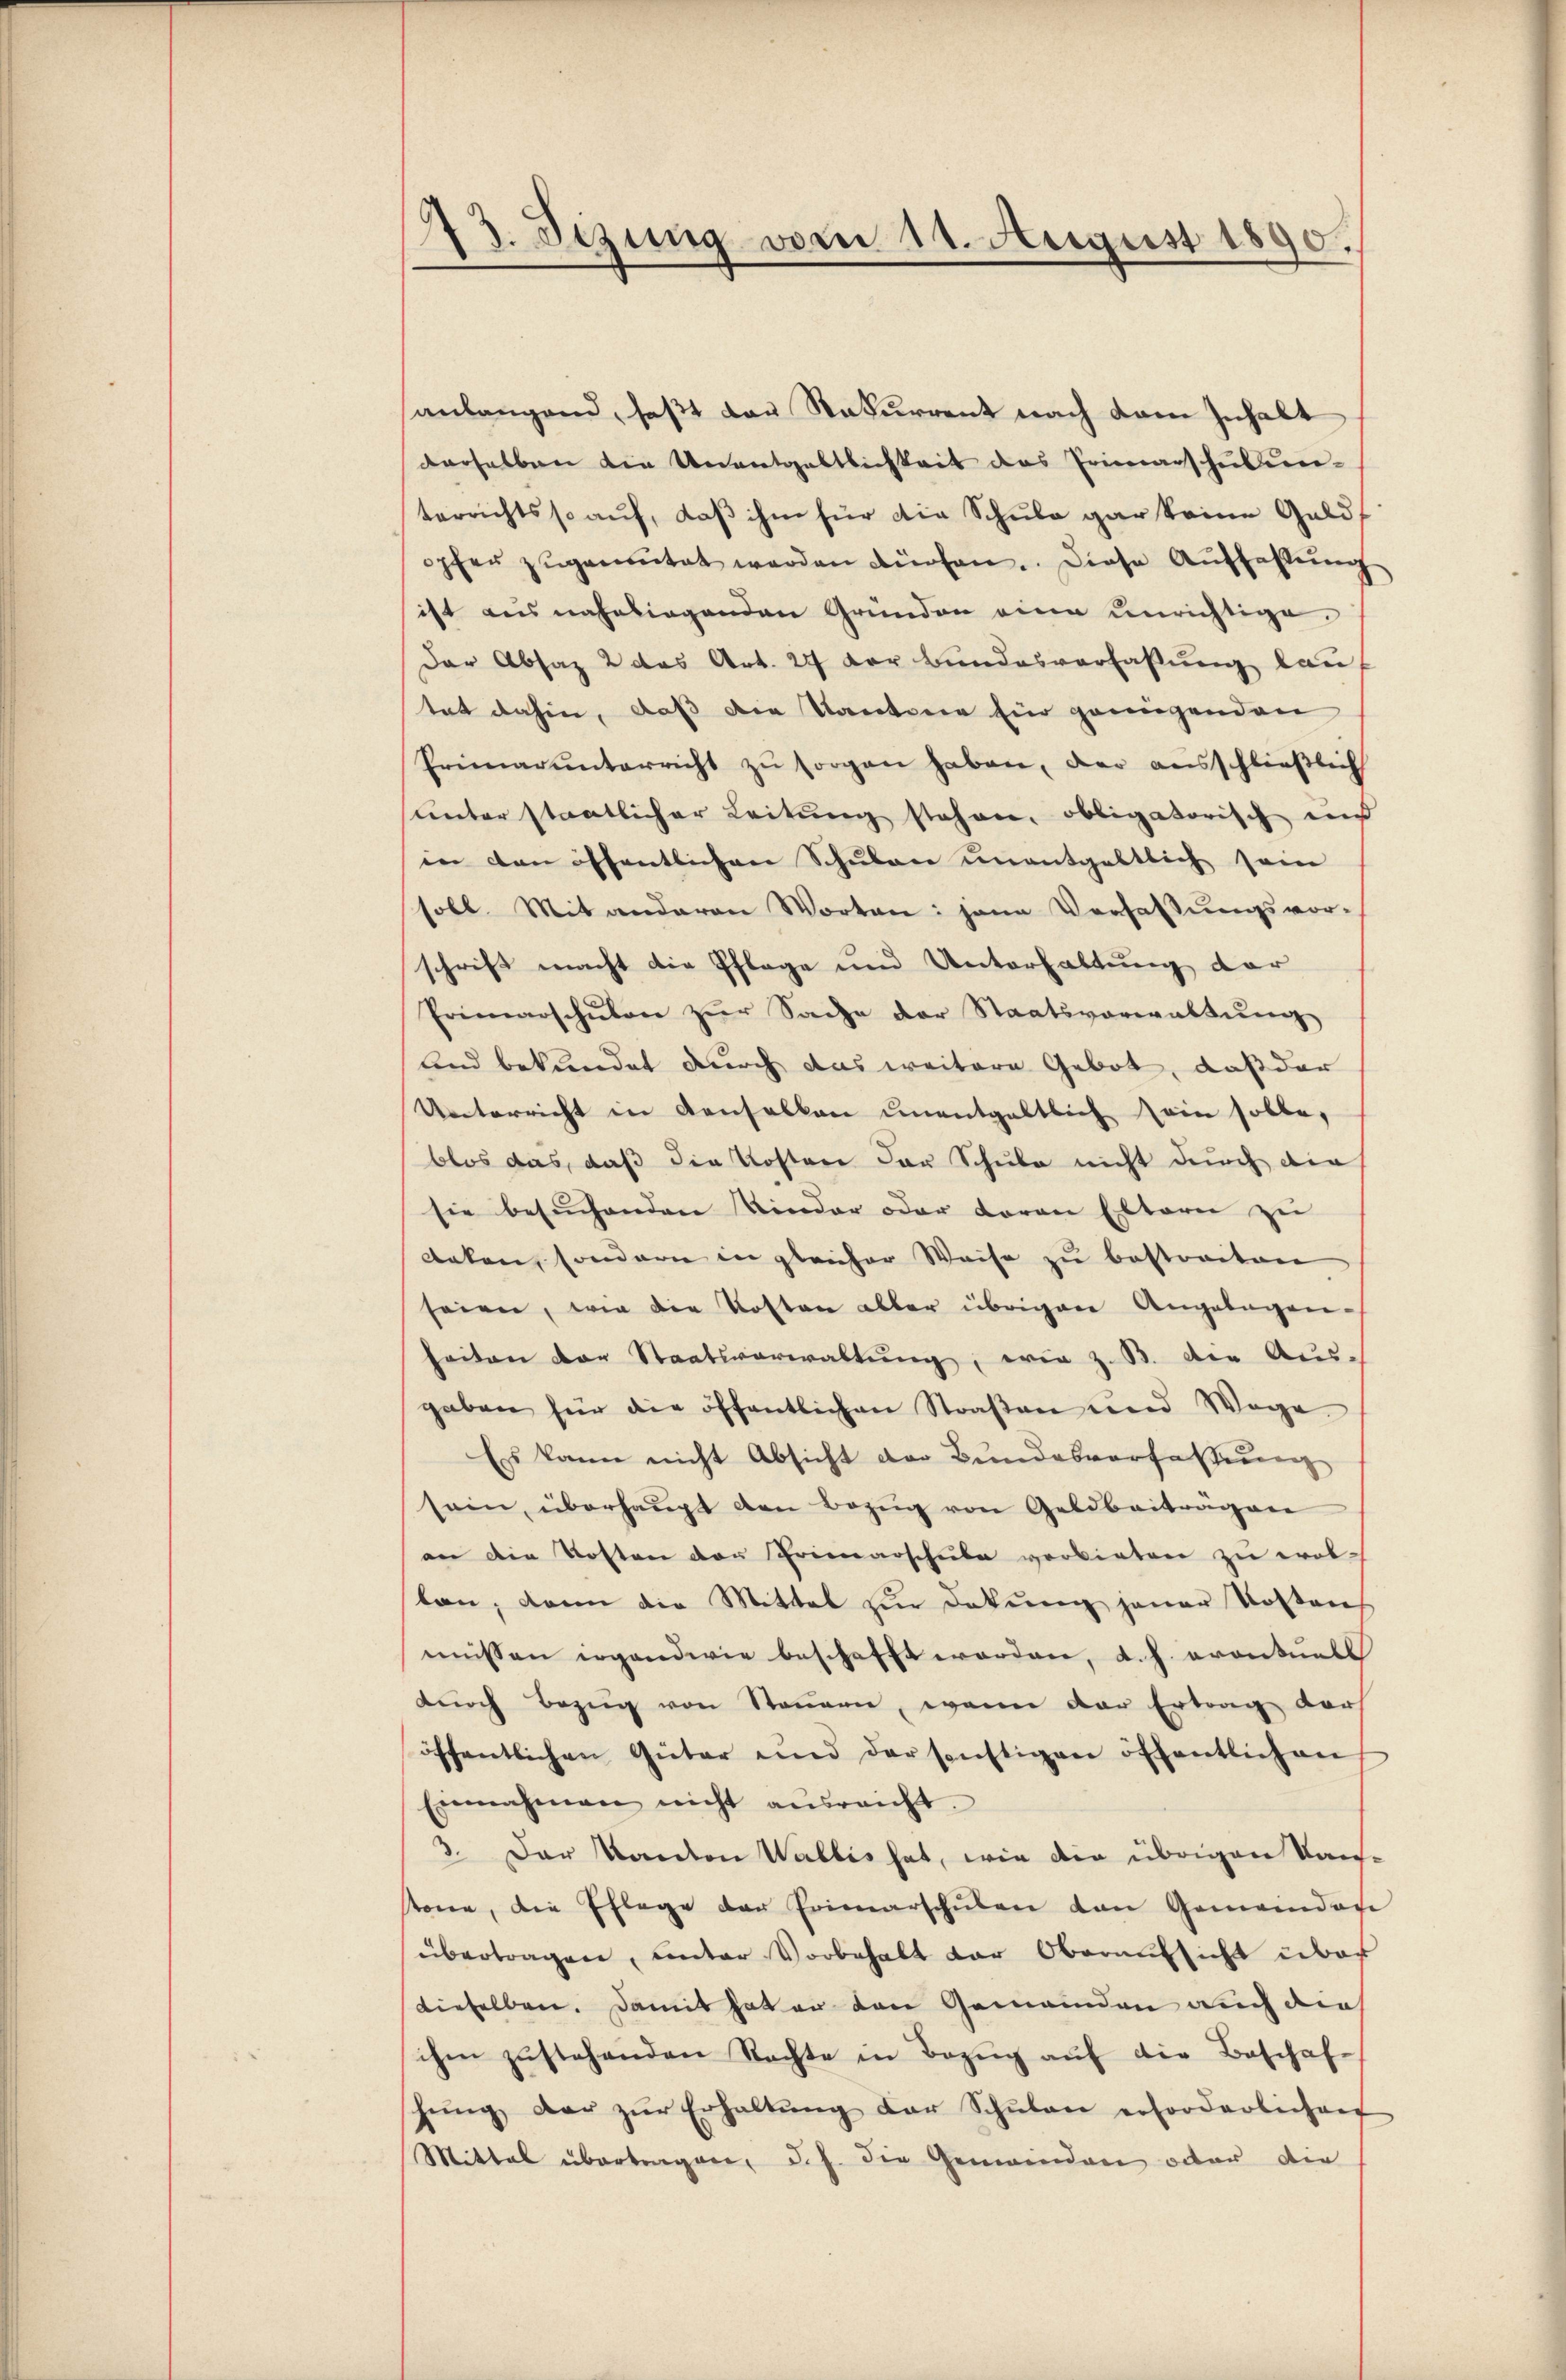
73. Sezung vom 11. August 1890.

anlangend, faßt das Naturrent nach kam Inhalt
derselben die Unentgeltlichkeit das Primarschulun-
terrichts so auf, daß ihm für die Schule gar keine Gelds
opfer zŭgemŭtet werden dürfen. Diese Auffassŭng
ist aus naheliegenden Gründen eine unrichtige.
Der Absaz 2 das Art. 27 der Bundesverfassung lauf
tat dahin, daß die Kantone für genügenden
Primarunterricht zu sorgen haben, der ausschließlich
unter staatlicher Leitung stehen, obligatorisch und
in den öffentlichen Schulen unentgeltlich sein
soll. Mit anderen Worten: jene Verfassŭngsvor-
schrift macht die Pflege und Unterhaltung der
Primarschŭlen zŭr Sache der Staatsverwaltŭng
und bekundet durch das weitere Gebot, daß der
Unterricht in denselben unentgeltlich sein solle,
blos das, daß die Kosten der Schule nicht durch die
sie besuchenden Kinder oder daran Eltern zu
Anken, sondern in gleicher Weise zŭ bestreiten
seien, wie die Kosten aller übrigene Angelegen-
heiten der Staatsverwaltung, wie z. B. die Aus-
gaben für die öffentlichen Straßen und Wage
Es kann nicht Absicht der Bundesverfassung
sein, überhaŭpt den Bezŭg von Geldbeiträgen
an die Kosten der Primarschule verbieten zu wol-
lan, dann die Mittel zur Dekŭng jener Kostens
müssen irgendwie beschafft worden, d. h. eventuell
durch Bezug von Steuern, wenn der Ertrag darf
öffentlichen Güter und der sonstigen öffentlichen
Einnahmen nicht ausreicht.
3. Der Kanton Wallis hat, wie die übrigen Kan-
tone, die Pflege der Erinarschŭlen von Gemeinder
übertragen, unter Vorbehalt der Oberaufsicht über
dieselben. Damit hat er den Gemeinden auch die
schen zŭstehenden Nachte in Bezŭg aŭf die Beschaf-
hŭng der zŭr Erhaltŭng der Schŭlan erforderlichen
Mittal übertragen, d.h. die Gemeinden oder die